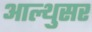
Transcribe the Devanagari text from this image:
आल्थुसर